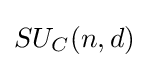
SU_{C}(n,d)